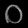
Digit: ၀